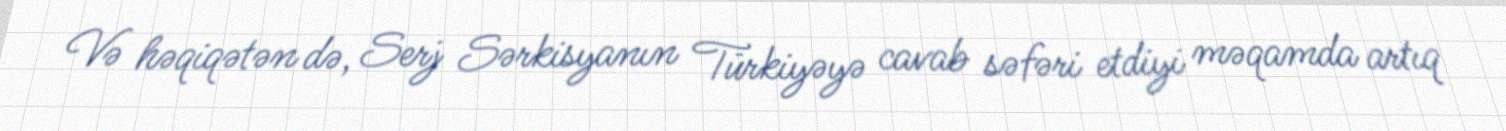
Və həqiqətən də, Serj Sərkisyanın Türkiyəyə cavab səfəri etdiyi məqamda artıq